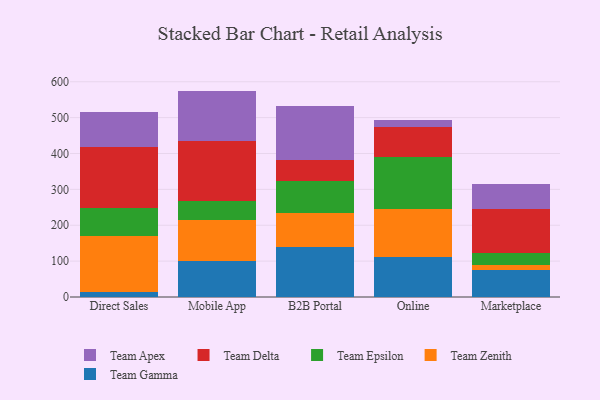
{"axis": {"x": "Channel", "y": "Page Views"}, "legend": ["Team Apex", "Team Delta", "Team Epsilon", "Team Gamma", "Team Zenith"], "data": [{"x": "Direct Sales", "y": 14.8, "type": "Team Gamma"}, {"x": "Direct Sales", "y": 156.1, "type": "Team Zenith"}, {"x": "Direct Sales", "y": 77.3, "type": "Team Epsilon"}, {"x": "Direct Sales", "y": 168.8, "type": "Team Delta"}, {"x": "Direct Sales", "y": 98.4, "type": "Team Apex"}, {"x": "Mobile App", "y": 100.9, "type": "Team Gamma"}, {"x": "Mobile App", "y": 114.2, "type": "Team Zenith"}, {"x": "Mobile App", "y": 51.7, "type": "Team Epsilon"}, {"x": "Mobile App", "y": 168.9, "type": "Team Delta"}, {"x": "Mobile App", "y": 138.9, "type": "Team Apex"}, {"x": "B2B Portal", "y": 139.6, "type": "Team Gamma"}, {"x": "B2B Portal", "y": 95.4, "type": "Team Zenith"}, {"x": "B2B Portal", "y": 88.7, "type": "Team Epsilon"}, {"x": "B2B Portal", "y": 58.2, "type": "Team Delta"}, {"x": "B2B Portal", "y": 151.3, "type": "Team Apex"}, {"x": "Online", "y": 110.2, "type": "Team Gamma"}, {"x": "Online", "y": 136.0, "type": "Team Zenith"}, {"x": "Online", "y": 145.3, "type": "Team Epsilon"}, {"x": "Online", "y": 83.1, "type": "Team Delta"}, {"x": "Online", "y": 17.4, "type": "Team Apex"}, {"x": "Marketplace", "y": 76.5, "type": "Team Gamma"}, {"x": "Marketplace", "y": 12.2, "type": "Team Zenith"}, {"x": "Marketplace", "y": 35.2, "type": "Team Epsilon"}, {"x": "Marketplace", "y": 122.6, "type": "Team Delta"}, {"x": "Marketplace", "y": 68.1, "type": "Team Apex"}]}